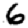
Digit: 6